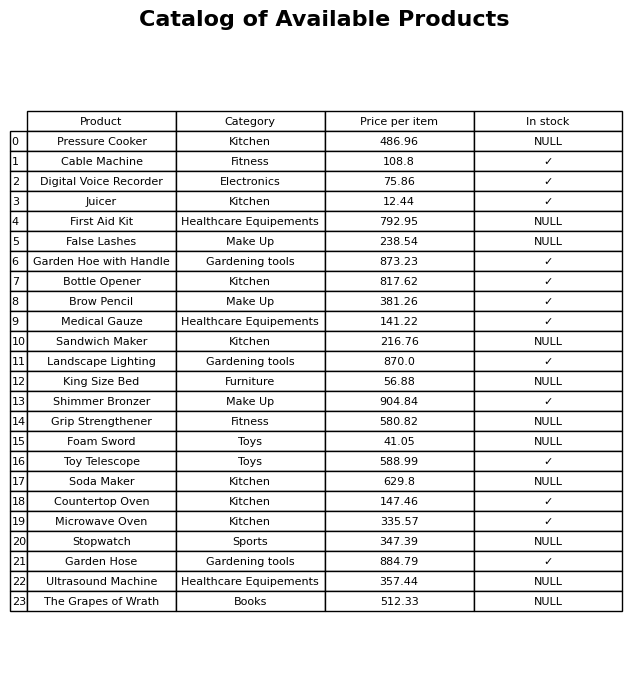
question: Is the Microwave Oven in stock?
answer: ✓